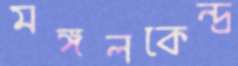
মঙ্গলকেন্দ্র